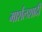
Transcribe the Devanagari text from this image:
मार्शलशादी